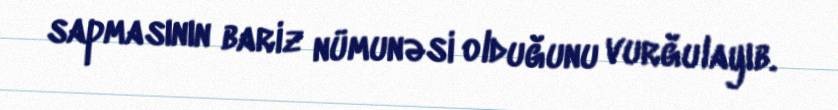
sapmasının bariz nümunəsi olduğunu vurğulayıb.